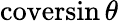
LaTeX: \operatorname{coversin}\theta